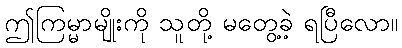
ဤကြမ္မာမျိုးကို သူတို့ မတွေ့ခဲ့ ရပြီလော။